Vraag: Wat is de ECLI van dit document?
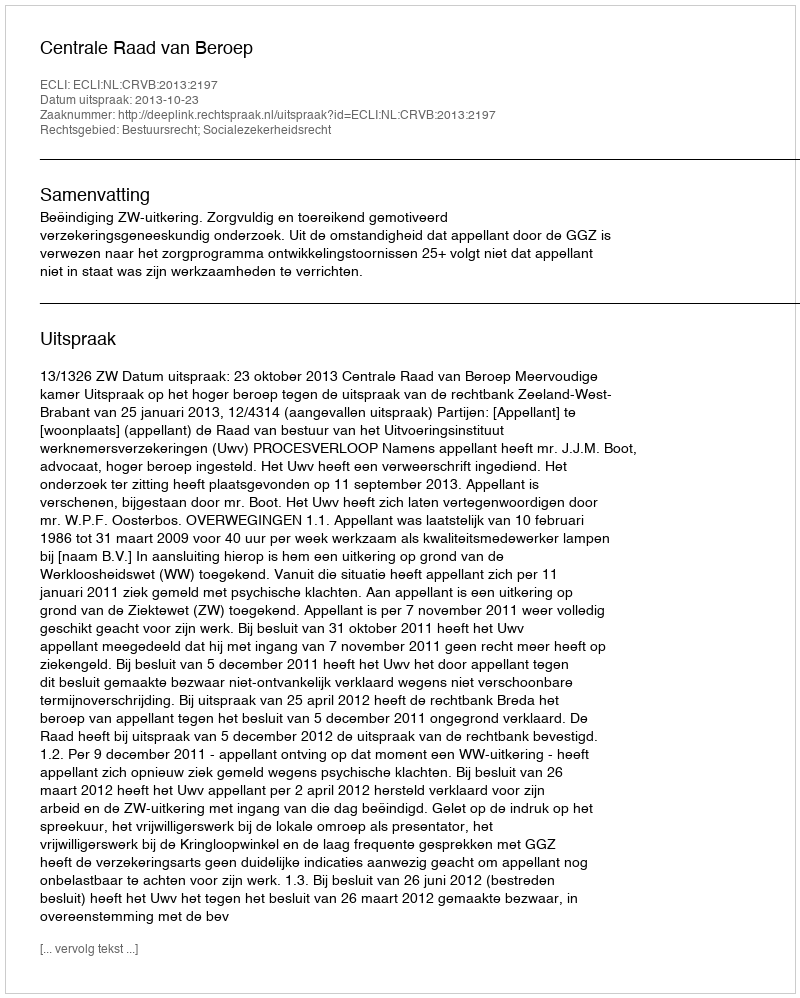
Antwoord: ECLI:NL:CRVB:2013:2197